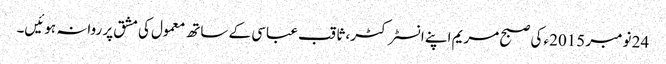
24 نومبر 2015ء کی صبح مریم اپنے انسٹرکٹر، ثاقب عباسی کے ساتھ معمول کی مشق پر روانہ ہوئیں۔